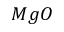
M g O